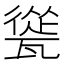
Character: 㼻